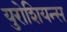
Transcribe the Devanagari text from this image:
युरोशियन्स